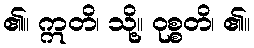
၏။ ဣတိ၊ သို့။ ဝုစ္စတိ၊ ၏။